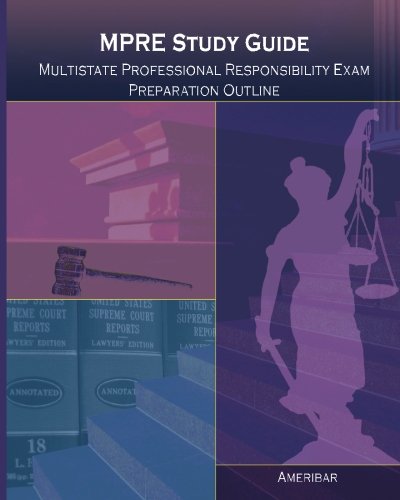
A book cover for MPRE Study Guide: Multistate Professional Responsibility Examination Outline Study Guide; AmeriBar; Test Preparation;